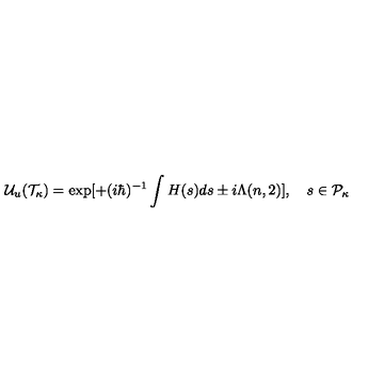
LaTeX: { \cal U } _ { u } ( { \cal T } _ { \kappa } ) = \exp [ + ( i \hbar ) ^ { - 1 } \int H ( s ) d s \pm i \Lambda ( n , 2 ) ] , \quad s \in { \cal P } _ { \kappa }